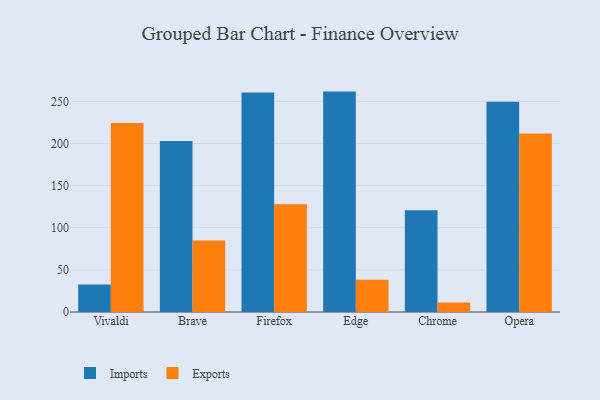
{"axis": {"x": "Browser", "y": "Website Visitors"}, "legend": ["Exports", "Imports"], "data": [{"x": "Vivaldi", "y": 32.7, "type": "Imports"}, {"x": "Vivaldi", "y": 224.2, "type": "Exports"}, {"x": "Brave", "y": 203.0, "type": "Imports"}, {"x": "Brave", "y": 84.8, "type": "Exports"}, {"x": "Firefox", "y": 260.4, "type": "Imports"}, {"x": "Firefox", "y": 128.0, "type": "Exports"}, {"x": "Edge", "y": 261.6, "type": "Imports"}, {"x": "Edge", "y": 38.2, "type": "Exports"}, {"x": "Chrome", "y": 120.9, "type": "Imports"}, {"x": "Chrome", "y": 11.2, "type": "Exports"}, {"x": "Opera", "y": 249.5, "type": "Imports"}, {"x": "Opera", "y": 211.9, "type": "Exports"}]}